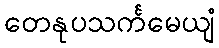
တေနုပသင်္ကမေယျံ